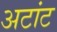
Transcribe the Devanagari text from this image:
अटांट